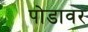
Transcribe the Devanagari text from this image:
पोडावर